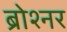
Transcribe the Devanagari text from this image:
ब्रोश्नर